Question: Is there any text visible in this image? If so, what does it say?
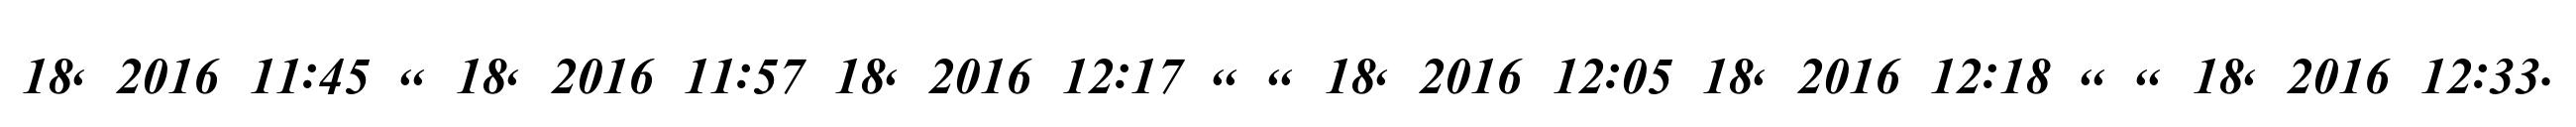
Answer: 18, 2016 11:45 ,, 18, 2016 11:57 18, 2016 12:17 ,, ,, 18, 2016 12:05 18, 2016 12:18 ,, ,, 18, 2016 12:33.